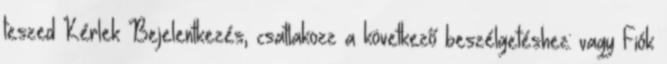
teszed Kérlek Bejelentkezés, csatlakozz a következő beszélgetéshez: vagy Fiók